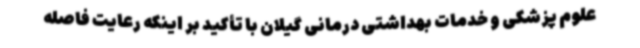
علوم پزشکی و خدمات بهداشتی درمانی گیلان با تأکید بر اینکه رعایت فاصله